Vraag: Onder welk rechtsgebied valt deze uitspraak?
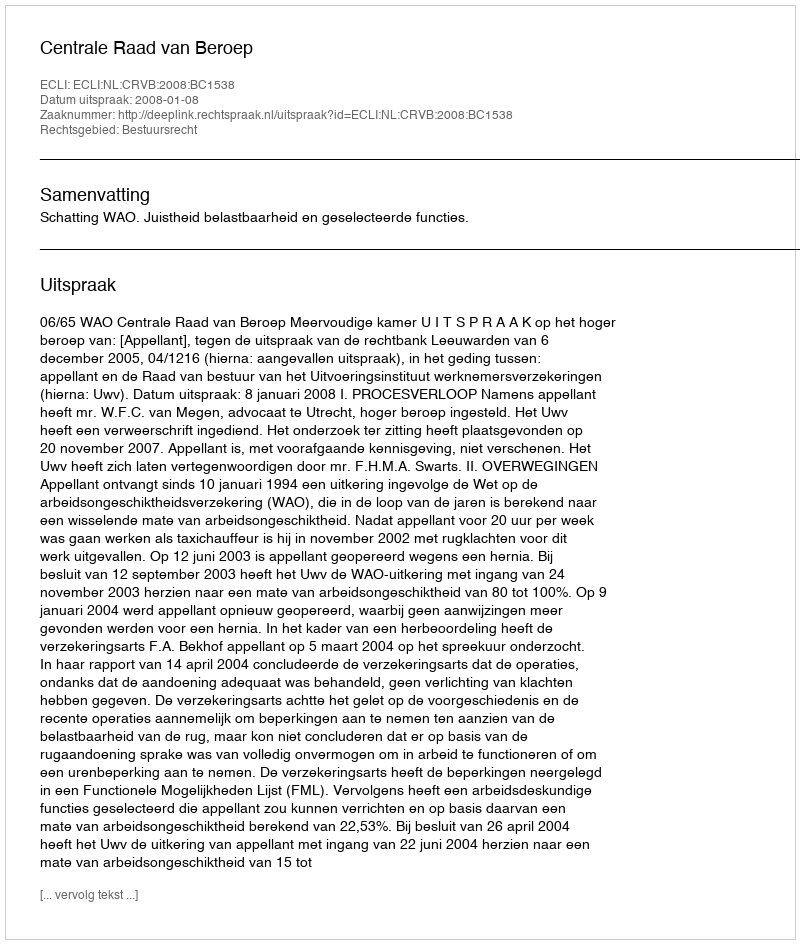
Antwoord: Bestuursrecht